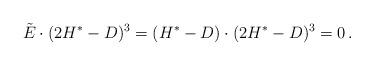
LaTeX: \begin{align*} \tilde E\cdot (2H^*-D)^3=(H^*-D)\cdot (2H^*-D)^3=0\,.\end{align*}